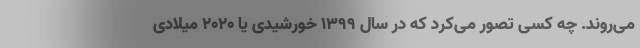
می‌روند. چه کسی تصور می‌کرد که در سال 1399 خورشیدی یا 2020 میلادی